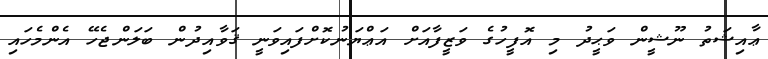
ޢާއިޝަތު ނޫޝީން ވަޙީދު މި އޮފީހުގެ ވަޒީފާއަށް އަޢްޔަނުކޮށްފައިވަނީ ޤަވާއިދުން ބަލަންޖެހޭ އެންމެހައި